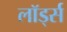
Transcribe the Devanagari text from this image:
लॉर्ड्‍स